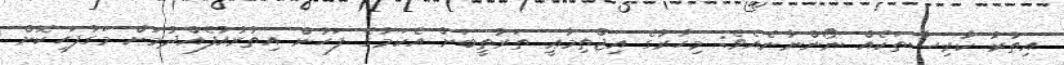
އިތުރު ކާރިސާތަކެއް ނޯންނާނެއެވެ; މިހާރުގެ އިޖްތިމާޢީ ތަރުތީބަށް އެކަމުގެ ފަހުން އިތުރުއުފެއްދުމަށް މަގުފަހިކޮށް